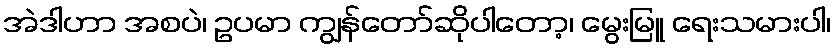
အဲဒါဟာ အစပဲ၊ ဥပမာ ကျွန်တော်ဆိုပါတော့၊ မွေးမြူ ရေးသမားပါ၊